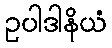
ဥပါဒါနိယံ